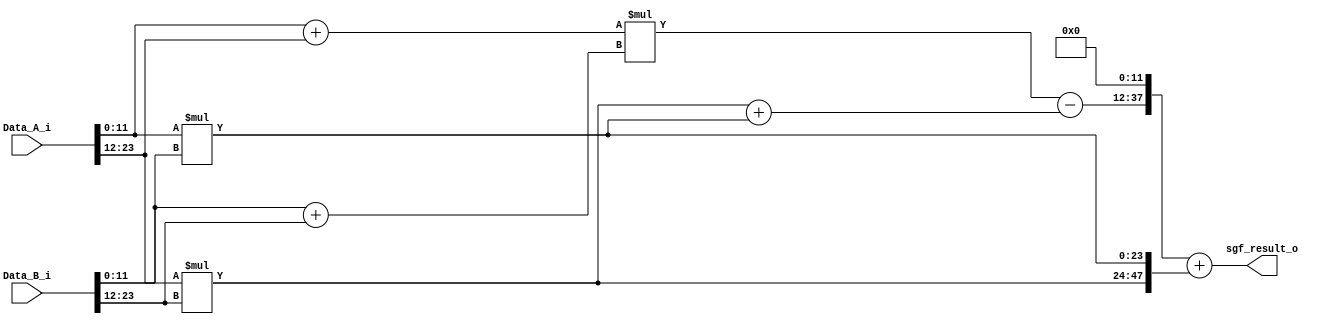
module Simple_KOA
    //#(parameter SW = 24, parameter precision = 0)
    #(parameter SW = 24)
    (
    input wire [SW-1:0] Data_A_i,
    input wire [SW-1:0] Data_B_i,
    output reg [2*SW-1:0] sgf_result_o
    );

    ///////////////////////////////////////////////////////////
    wire [1:0] zero1;
    wire [3:0] zero2;
    assign zero1 = 2'b00;
    assign zero2 = 4'b0000;
    ///////////////////////////////////////////////////////////
    wire [SW/2-1:0] rightside1;
    wire [SW/2:0] rightside2;
    //Modificacion: Leftside signals are added. They are created as zero fillings as preparation for the final adder.
    wire [SW/2-3:0] leftside1;
    wire [SW/2-4:0] leftside2;


    reg [4*(SW/2)-1:0] sgf_r = 0;

    assign rightside1 = (SW/2) *1'b0;
    assign rightside2 = (SW/2+1)*1'b0;

    assign leftside1 = (SW/2-2) *1'b0; //Se le quitan dos bits con respecto al right side, esto porque al sumar, se agregan bits, esos hacen que sea diferente
    assign leftside2 = (SW/2-1)*1'b0;

    localparam half = SW/2;


        `define STOP_SW1 3
        `define STOP_SW2 4


generate

    //assign i = Stop_I;
    if (SW <=`STOP_SW1 || SW <=`STOP_SW2) begin
        always @* begin
             sgf_result_o <= Data_A_i * Data_B_i;
        end
    end else begin


    case (SW%2)
        0:begin : EVEN1

            reg [SW/2:0] result_A_adder = 0;
            reg [SW/2:0] result_B_adder = 0;
            reg [SW-1:0] Q_left = 0;
            reg [SW-1:0] Q_right = 0;
            reg [SW+1:0] Q_middle = 0;
            reg [2*(SW/2+2)-1:0] S_A = 0;
            reg [2*(SW/2+2)-1:0] S_B = 0;

        //////////////////////////////////even//////////////////////////////////
       //Multiplier for left side and right side
           always @* begin : EVEN
                 Q_left [SW-1:0] <= Data_A_i[(SW-1) -: SW/2] * Data_B_i[(SW-1) -: SW/2];

                 Q_right[SW-1:0] <= Data_A_i[((SW/2)-1):0]  * Data_B_i[((SW/2)-1):0];

                 result_A_adder <= (Data_A_i[((SW/2)-1):0] + Data_A_i[(SW-1) -: SW/2]);

                 result_B_adder <= (Data_B_i[((SW/2)-1):0] + Data_B_i[(SW-1) -: SW/2]);

                 Q_middle  <= result_A_adder * result_B_adder;

                 S_B <= (Q_middle - (Q_left + {zero1,Q_right}));

                 sgf_result_o[2*SW-1:0] <= {S_B[2*(SW/2)+1:0],rightside1} + {Q_left,Q_right[2*(SW/2)-1:0]};
                 //sgf_result_o[2*SW-1:0] <= Result[2*SW-1:0];
           end
                //assign sgf_result_o = Result[4*(SW/2)-1:0];

        end
    1:begin : ODD1
            always @* begin : ODD

                reg [SW/2+1:0] result_A_adder;
                reg [SW/2+1:0] result_B_adder;
                reg [2*(SW/2)-1:0]   Q_left;
                reg [2*(SW/2+1)-1:0] Q_right;
                reg [2*(SW/2+2)-1:0] Q_middle;
                reg [2*(SW/2+2)-1:0] S_A;
                reg [2*(SW/2+2)-1:0] S_B;

                 Q_left  <= Data_A_i[SW-1:SW/2+1] * Data_B_i[SW-1:SW/2+1];

                 Q_right <= Data_A_i[SW/2:0]      * Data_B_i[SW/2:0];

                 result_A_adder <= (Data_A_i[SW-SW/2-1:0] + Data_A_i[SW-1:SW-SW/2]);

                 result_B_adder <= Data_B_i[SW-SW/2-1:0] + Data_B_i[SW-1:SW-SW/2];

                 Q_middle  <= result_A_adder * result_B_adder;

                 S_B <= (Q_middle - (Q_left + Q_right));

                 sgf_result_o<= {S_B,rightside2} + {Q_left,Q_right};
                 //sgf_result_o <= Result[2*SW-1:0];

           end
            //assign sgf_result_o = Result[2*SW-1:0];

        end
    endcase

end



endgenerate

endmodule